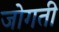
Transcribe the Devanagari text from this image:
जोगती